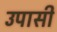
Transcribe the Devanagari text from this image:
उपासी